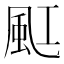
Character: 䫹